Annual report on the health of the army in India
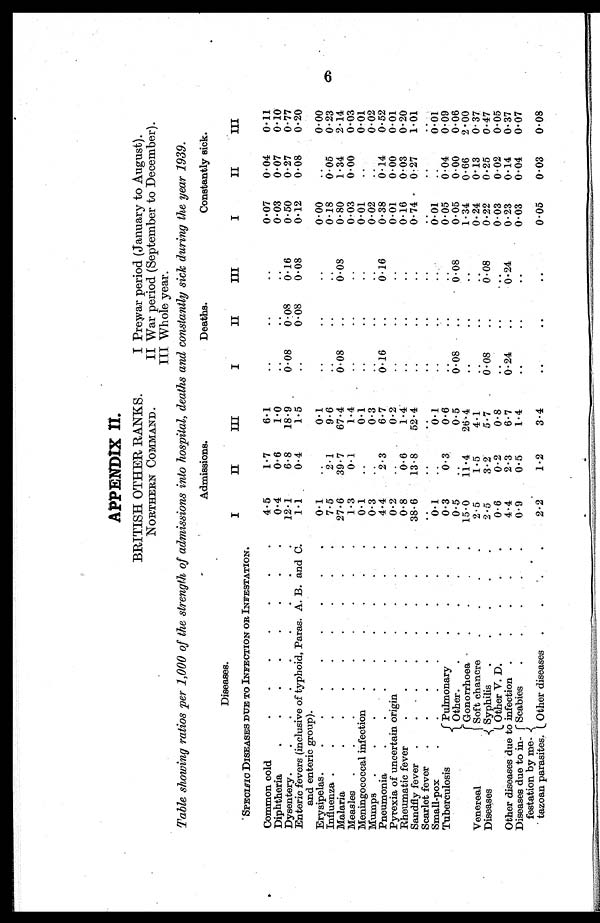
APPENDIX II.
BRITISH OTHER RANKS.
NORTHERN COMMAND.
I Prewar period (January to August).
II War period (September to December).
III Whole year.
Table showing ratios per 1,000 of the strength of admissions into hospital, deaths and constantly sick during the year 1939.
Admissions.
Deaths.
Constantly sick.
Diseases.
I
II
III
I
II
III
I
II
III
SPECIFIC DISEASES DUE TO INFECTION OR INFESTATION.
Common cold
4.5
1.7
6.1
..
..
..
0.07
0.04
0.11
Diphtheria
.
.
.
.
.
.
.
.
0.4
0.6
1.0
..
..
..
0.03
0.07
0.10
Dysentery.
.
.
.
.
.
12.1
6.8
18.9
0 . 0 8
0.08
0.16
0.50
0.27
0.77
Enteric fevers (inclusive of typhoid, Paras. A. B. and C.
and enteric group).
1.1
0.4
1.5
..
0.08
0.08
0.12
0.08
0.20
Erysipelas.
.
.
.
.
.
.
.
.
0.1
. .
0.1
..
..
..
0.00
..
0.00
Influenza .
.
•
•
. • • • •
7.5
2.1
9.6
..
..
..
0.18
0.05
0.23
Malaria
.
.
.
.
.
.
.
.
27.6
39.7
67.4
0.08
..
0.08
0.80
1.34
2.14
Measles .
.
.
.
.
.
.
. .
1.3
0.1
1.4
..
..
..
0.03
0.00
0.03
Meningococcal infection . .
0.1
..
0.1
..
..
..
0.01
..
0.01
Mumps .
.
•
•
-
•
•
•
•
0.3
..
0.3
..
..
..
0.02
..
0.02
Pneumonia
.
.
.
.
.
. . .
4.4
2.3
6.7
0.16
..
0.16
0.38
0.14
0.52
Pyrexia of uncertain origin
0.2
..
0.2
..
..
..
0. 01
0.00
0.01
Rheumatic fever
.
.
.
•
.
.
.
0.8
0 .6
1.4
..
..
..
0.16
0.03
0.20
Sandfly fever .
.
.
.
.
.
.
.
38.6
13.8
52.4
..
..
..
0.74
0 . 27
1.01
Scarlet fever
.
.
.
.
.
.
.
..
..
..
..
..
..
..
..
..
Small-pox
0.1
..
0.1
..
..
..
0.01
..
0.01
Tuberculosis
Pulmonary
0.3
0. 3
0.6
..
..
..
0.05
0.04
0.09
Other .
.
.
.
.
.
0.5
. .
0.5
0.08
..
0.08
0.05
0.00
0.06
Venereal
Diseases
Gonorrhoea
.
.
.
.
15.0
11.4
26.4
..
..
. .
1.34
0.66
2.00
Soft chancre
.
.
2.5
1.5
4.1
..
. .
..
0.24
0.13
0.37
Syphilis
.
.
.
.
.
2.5
3.2
5.7
0.08
. .
0.08
0.22
0.25
0.47
Other V. D.
.
.
0.6
0.2
0.8
..
..
..
0.03
0.02
0.05
Other diseases due to infection .
.
.
.
.
4.4
2.3
6.7
0.24
..
0.24
0.23
0.14
0.37
Diseases due to in-
festation by me-
tazoan parasites.
Scabies
.
.
.
.
.
0.9
0.5
1.4
..
. .
. .
0.03
0.04
0.07
Other diseases .
.
.
2.2
1.2
3.4
..
..
..
0.05
0.03
0.08